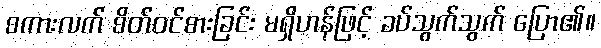
စကားလက် စိတ်ဝင်စားခြင်း မရှိဟန်ဖြင့် ခပ်သွက်သွက် ပြော၏။